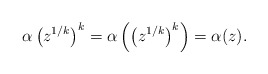
\begin{align*}\alpha\left(z^{1/k} \right)^k = \alpha \left( \left(z^{1/k} \right)^k\right) = \alpha(z).\end{align*}